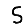
Digit: 5